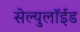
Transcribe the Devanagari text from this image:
सेल्युलॉईड